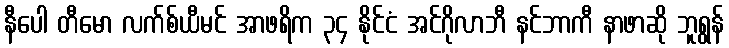
နီပေါ တီမော လက်စ်ယီမင် အာဖရိက ၃၄ နိုင်ငံ အင်ဂိုလာဘီ နင်ဘာကီ နာဖာဆို ဘူရွန်